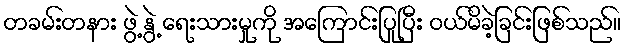
တခမ်းတနား ဖွဲ့ နွဲ့ ရေးသားမှုကို အကြောင်းပြုပြီး ဝယ်မိခဲ့ခြင်းဖြစ်သည်။